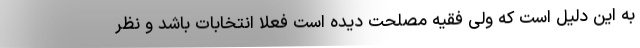
به این دلیل است که ولی فقیه مصلحت دیده است فعلا انتخابات باشد و نظر